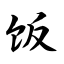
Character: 饭